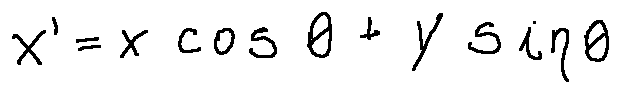
x ^ { \prime } = x \cos \theta + y \sin \theta